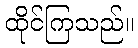
ထိုင်ကြသည်။